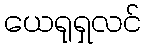
ယေရုရှလင်